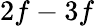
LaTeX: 2f-3f